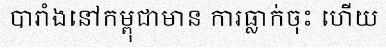
បារាំងនៅកម្ពុជាមាន ការធ្លាក់ចុះ ហើយ